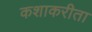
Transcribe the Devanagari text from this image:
कशाकरीता